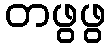
တဖွဖွ